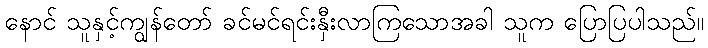
နောင် သူနှင့်ကျွန်တော် ခင်မင်ရင်းနှီးလာကြသောအခါ သူက ပြောပြပါသည်။